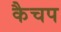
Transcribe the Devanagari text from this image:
कैचप